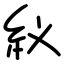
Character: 紁